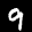
Label: 9